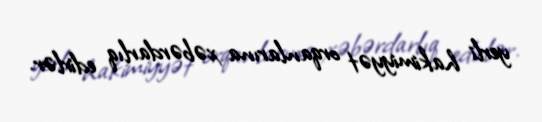
yerli hakimiyyət orqanlarına xəbərdarlıq edirlər.